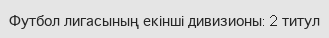
Футбол лигасының екінші дивизионы: 2 титул